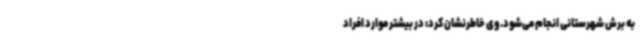
به برش شهرستانی انجام می‌شود. وی خاطرنشان کرد: در بیشتر موارد افراد